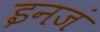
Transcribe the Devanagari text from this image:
इनजं